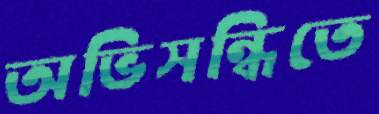
অভিসন্ধিতে